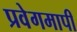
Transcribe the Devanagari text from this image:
प्रवेगमापी